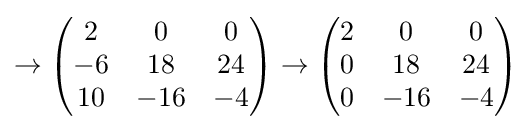
\to {\begin{pmatrix}2&0&0\\-6&18&24\\10&-16&-4\end{pmatrix}}\to {\begin{pmatrix}2&0&0\\0&18&24\\0&-16&-4\end{pmatrix}}